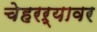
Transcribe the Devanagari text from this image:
चेहरऱ्यावर